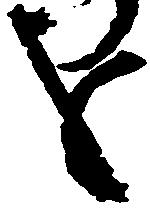
を